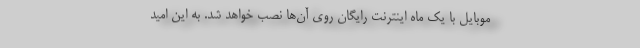
موبایل با یک ماه اینترنت رایگان روی آن‌ها نصب خواهد شد. به این امید